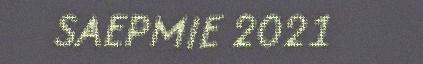
SAEPMIE 2021